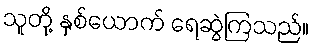
သူတို့ နှစ်ယောက် ရေဆွဲကြသည်။